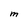
Character: M